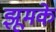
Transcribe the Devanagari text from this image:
झूमके